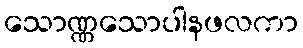
သောဏ္ဏသောပါနဖလကာ